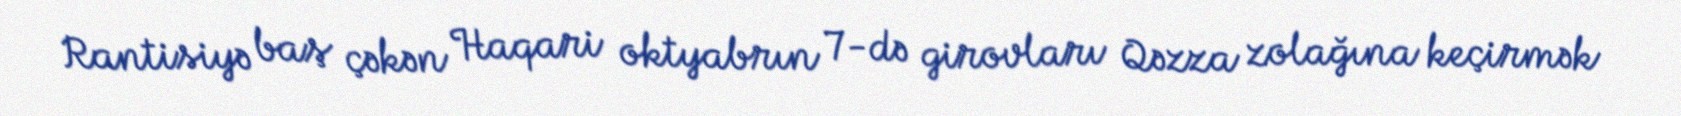
Rantisiyə baş çəkən Haqari oktyabrın 7-də girovları Qəzza zolağına keçirmək